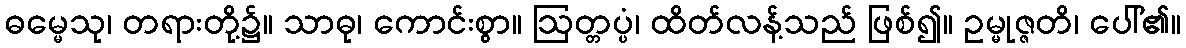
ဓမ္မေသု၊ တရားတို့၌။ သာဓု၊ ကောင်းစွာ။ ဩတ္တပ္ပံ၊ ထိတ်လန့်သည် ဖြစ်၍။ ဥမ္မုဇ္ဇတိ၊ ပေါ်၏။